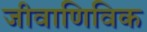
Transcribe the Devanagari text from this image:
जीवाणिविक